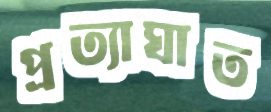
প্রত্যাঘাত